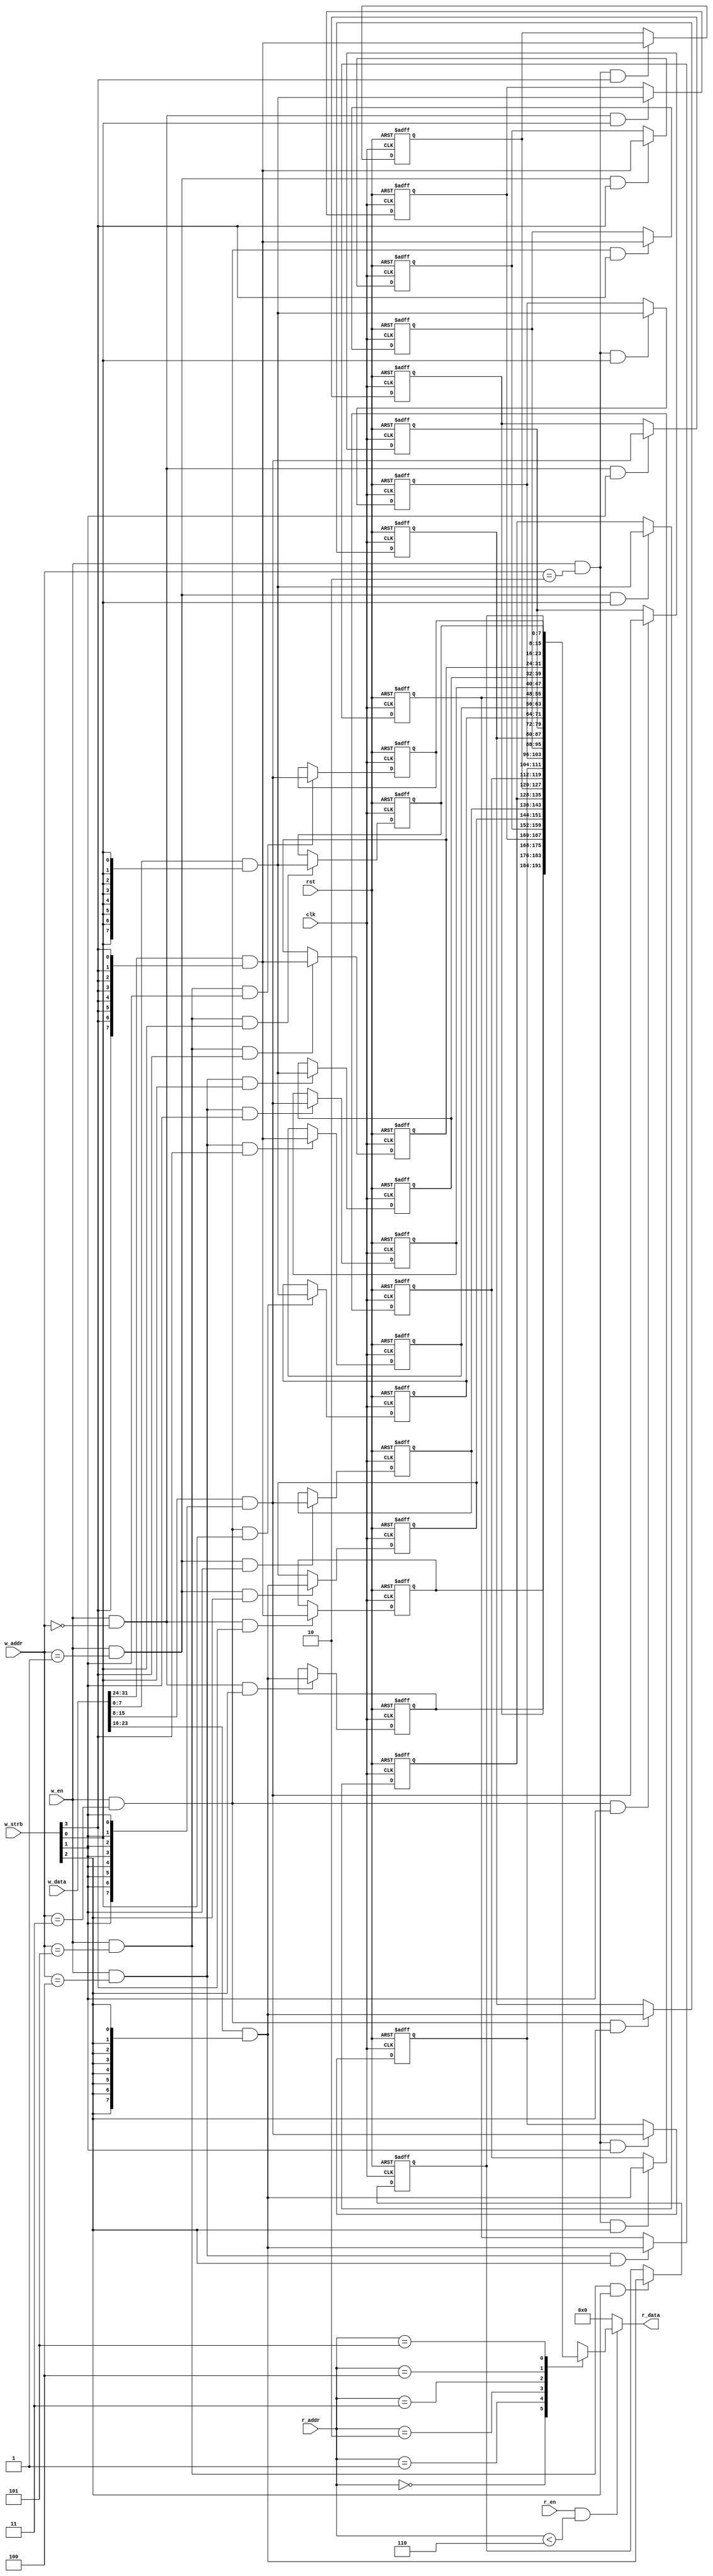


module Simple_RAM #(parameter NUM_SLOTS = 6, parameter DATA_WIDTH_BYTES = 4)
(
    clk, rst,
    r_en, r_addr, r_data,
    w_en, w_addr, w_data, w_strb
);

    parameter ADDR_WIDTH_BITS = $clog2(NUM_SLOTS);
    parameter DATA_WIDTH_BITS = DATA_WIDTH_BYTES * 8;

    // Interface Signals
    input   clk;
    input   rst; // resets on high

    // Read signals
    input                           r_en;
    input   [ADDR_WIDTH_BITS-1:0]   r_addr;
    output  [DATA_WIDTH_BITS-1:0]   r_data;

    // Write signals
    input                           w_en;
    input   [ADDR_WIDTH_BITS-1:0]   w_addr;
    input   [DATA_WIDTH_BITS-1:0]   w_data;
    input   [DATA_WIDTH_BYTES-1:0]  w_strb;


    // Internal logic
    reg [DATA_WIDTH_BITS-1:0] memory [NUM_SLOTS-1:0];
    

    // Read logic
    assign r_data = (r_en & (r_addr < NUM_SLOTS)) ? memory[r_addr] : 0;
    
    // Write logic
    genvar slot;
    genvar byte_sel;
    generate
        for(slot = 0; slot < NUM_SLOTS; slot = slot + 1) begin: connect_data_to_memory_by_slot
            for(byte_sel = 0; byte_sel < DATA_WIDTH_BYTES; byte_sel = byte_sel + 1) begin: connect_data_to_memory_by_byte
                
                always @ (posedge clk or posedge rst) begin
                    if(rst) begin
                        memory[slot][byte_sel*8 +: 8] <= 0;
                    end
                    else if (w_en & w_addr == slot & w_strb[byte_sel]) begin
                        memory[slot][byte_sel*8 +: 8] <= w_data[byte_sel*8 +: 8] & {8{w_strb[byte_sel]}};
                    end
                end

            end
        end
    endgenerate

endmodule